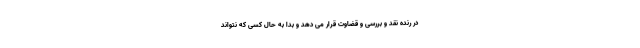
در رَنده نقد و بررسی و قضاوت قرار می دهد و بدا به حال کسی که نتواند